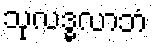
သုလဒ္ဓလာဘံ